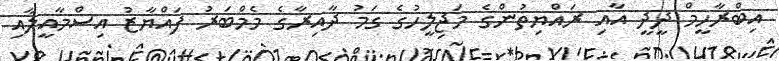
އިބްރާހީމް ދީދީ އާއި ރައްޔިތުންގެ މަޖިލީހުގެ ގަމު ދާއިރާގެ މެމްބަރު ފައްޔާޒު އިސްމާއީލާއި